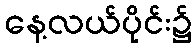
နေ့လယ်ပိုင်း၌